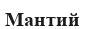
Мантий